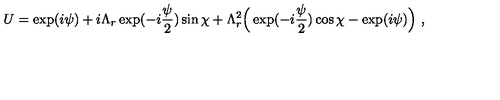
U = \exp ( i \psi ) + i \Lambda _ { r } \exp ( - i \frac { \psi } { 2 } ) \sin \chi + \Lambda _ { r } ^ { 2 } \Bigr ( \exp ( - i \frac { \psi } { 2 } ) \cos \chi - \exp ( i \psi ) \Bigr ) \ ,